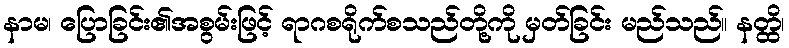
နာမ၊ ပြောခြင်း၏အစွမ်းဖြင့် ရာဂစရိုက်စသည်တို့ကို မှတ်ခြင်း မည်သည်။ နတ္ထိ၊